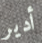
أدير